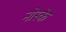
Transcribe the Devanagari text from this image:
नोस्के